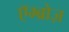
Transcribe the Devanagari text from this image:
एॅम्ब्रोज़